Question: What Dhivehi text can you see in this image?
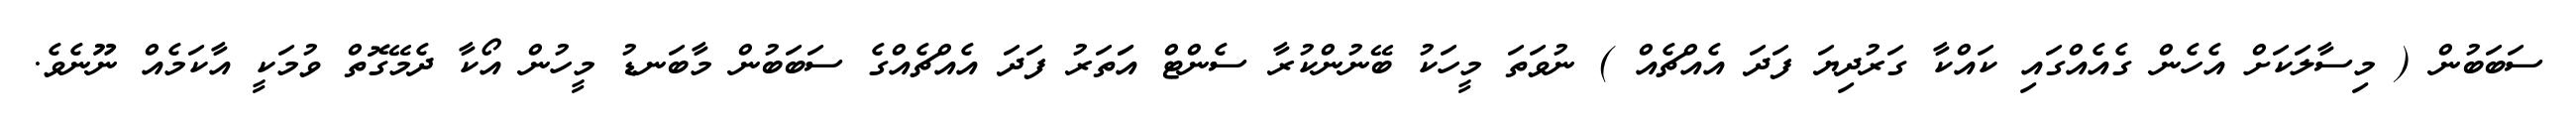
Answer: ސަބަބުން ( މިސާލަކަށް އެހެން ގެއެއްގައި ކައްކާ ގަރުދިޔަ ފަދަ އެއްޗެއް ) ނުވަތަ މީހަކު ބޭނުންކުރާ ސެންޓް އަަތަރު ފަދަ އެއްޗެއްގެ ސަބަބުން މާބަނޑު މީހުން އޯކާ ދެމޭގޮތް ވުމަކީ އާކަމެއް ނޫނެވެ.